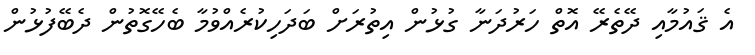
އެ ޤައުމާއި ދޭތެރޭ އޮތް ހަރުދަނާ ގުޅުން އިތުރަށް ބަދަހިކުރެއްވުމާ ބެހޭގޮތުން ދެބޭފުޅުން